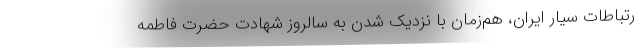
رتباطات سیار ایران، هم‌زمان با نزدیک شدن به سالروز شهادت حضرت فاطمه